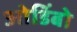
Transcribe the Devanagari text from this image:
ओडिंबो